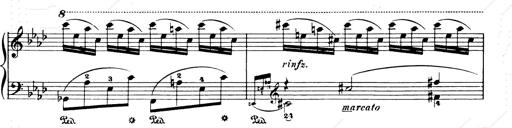
Title: Consolations and LiebestrÃ¤ume for the Piano
Composer: Franz Liszt